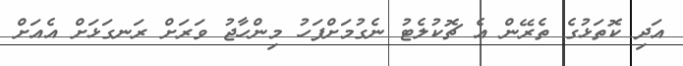
އަދި ކޮތަޅުގެ ތެރޭން އެ ޗޮކުލެޓު ނެގުމަށްފަހު މިންހާޖު ވަރަށް ރަނގަޅަށް އެއަށް